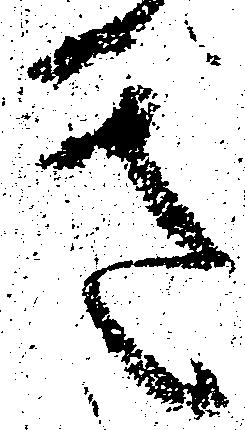
き